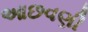
આછવણી